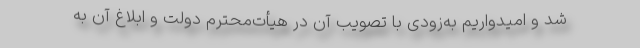
شد و امیدواریم به‌زودی با تصویب آن در هیأت‌محترم دولت و ابلاغ آن به